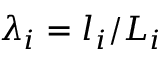
\lambda _ { i } = l _ { i } / L _ { i }